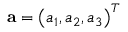
\mathbf { a } = \left( a _ { 1 } , a _ { 2 } , a _ { 3 } \right) ^ { T }